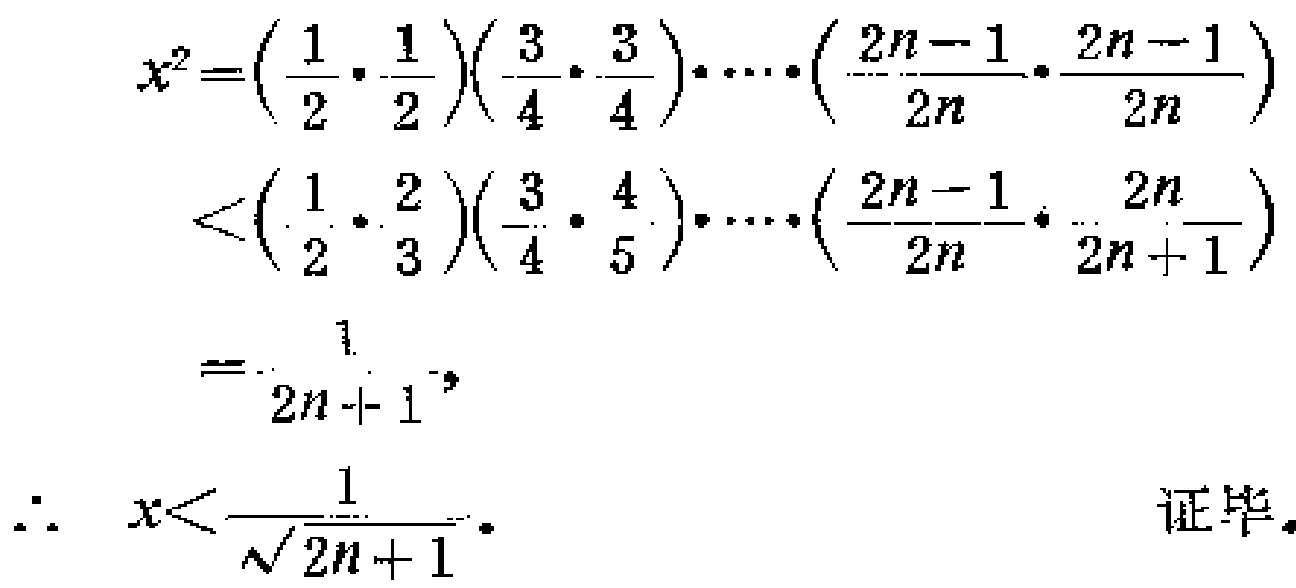
\[

\begin{align*}

x^{2}&=\left(\frac{1}{2}\cdot\frac{1}{2}\right)\left(\frac{3}{4}\cdot\frac{3}{4}\right)\cdots\left(\frac{2n - 1}{2n}\cdot\frac{2n - 1}{2n}\right)\\

&<\left(\frac{1}{2}\cdot\frac{2}{3}\right)\left(\frac{3}{4}\cdot\frac{4}{5}\right)\cdots\left(\frac{2n - 1}{2n}\cdot\frac{2n}{2n + 1}\right)\\

&=\frac{1}{2n + 1},\\

\therefore\ x&<\frac{1}{\sqrt{2n + 1}}. \quad \text{证毕}.

\end{align*}

\]